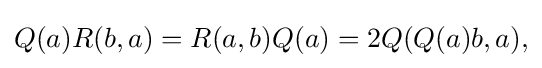
\displaystyle {Q(a)R(b,a)=R(a,b)Q(a)=2Q(Q(a)b,a),}